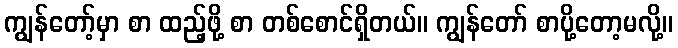
ကျွန်တော့်မှာ စာ ထည့်ဖို့ စာ တစ်စောင်ရှိတယ်။ ကျွန်တော် စာပို့တော့မလို့။